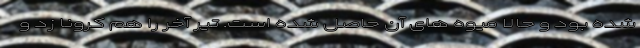
شده بود و حالا میوه های آن حاصل شده است. تیر آخر را هم کرونا زد و